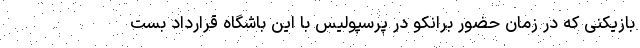
بازیکنی که در زمان حضور برانکو در پرسپولیس با این باشگاه قرارداد بست